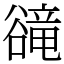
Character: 𧯇